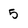
Character: 5